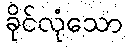
ခိုင်လုံသော